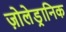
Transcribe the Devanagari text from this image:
ज़ोलेड्रानिक